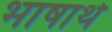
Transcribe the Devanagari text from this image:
भाषार्थ